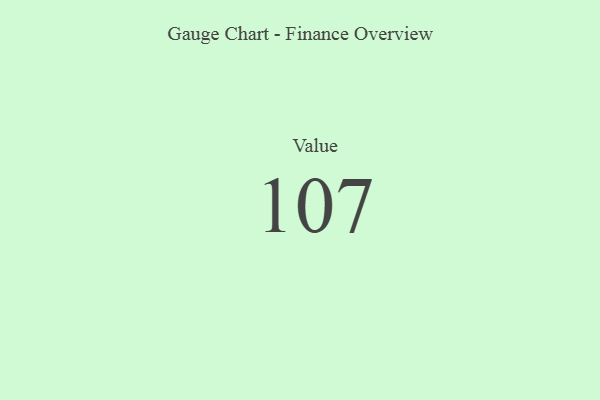
{"axis": {"x": "Metric", "y": "Value"}, "legend": [""], "data": [{"x": "Value", "y": 107, "type": ""}]}